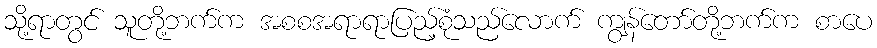
သို့ရာတွင် သူတို့ဘက်က အစစအရာရာပြည့်စုံသည်လောက် ကျွန်တော်တို့ဘက်က စာပေ